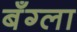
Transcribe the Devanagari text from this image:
बँग्ला